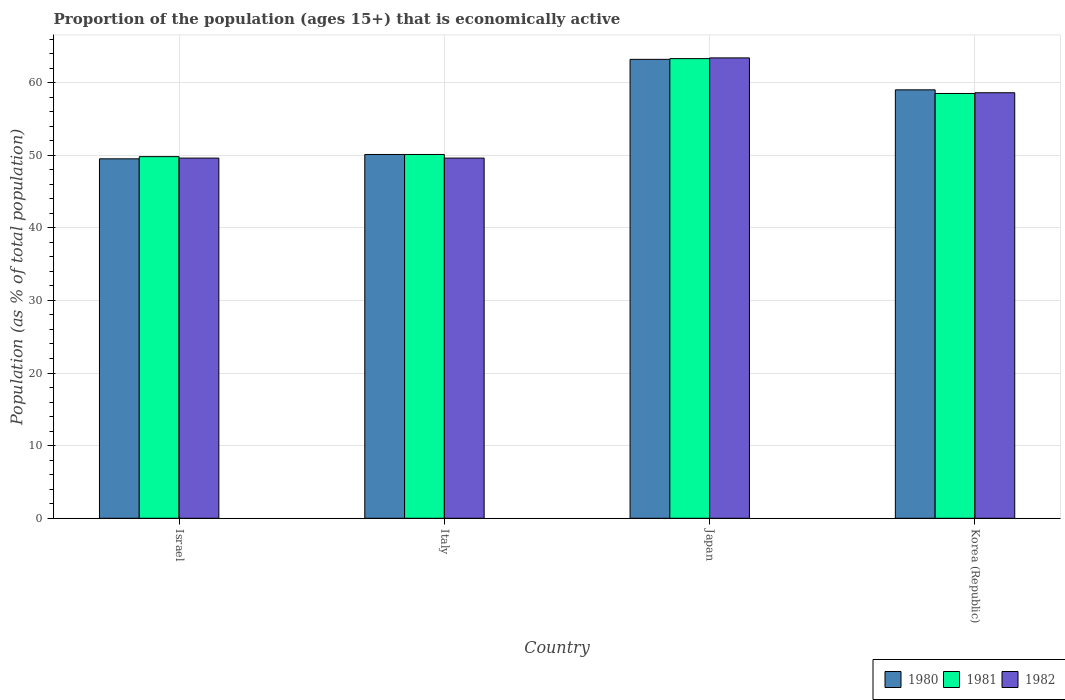
| Country | 1980 | 1981 | 1982 |
 | --- | --- | --- | --- |
 | Israel | 49.5 | 49.8 | 49.6 |
 | Italy | 50.1 | 50.1 | 49.6 |
 | Japan | 63.2 | 63.3 | 63.4 |
 | Korea (Republic) | 59 | 58.5 | 58.6 |